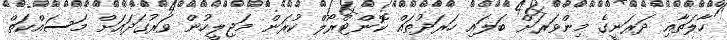
ހާލަތާއި ދަރަނީގެ މިންވަރަށް ބަލައި ހަރަދުތައް ކޮންޓްރޯލް ކުރަން މަޖިލީހުން ވަރުގަދައަށް މަސައްކަތް